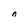
Character: n